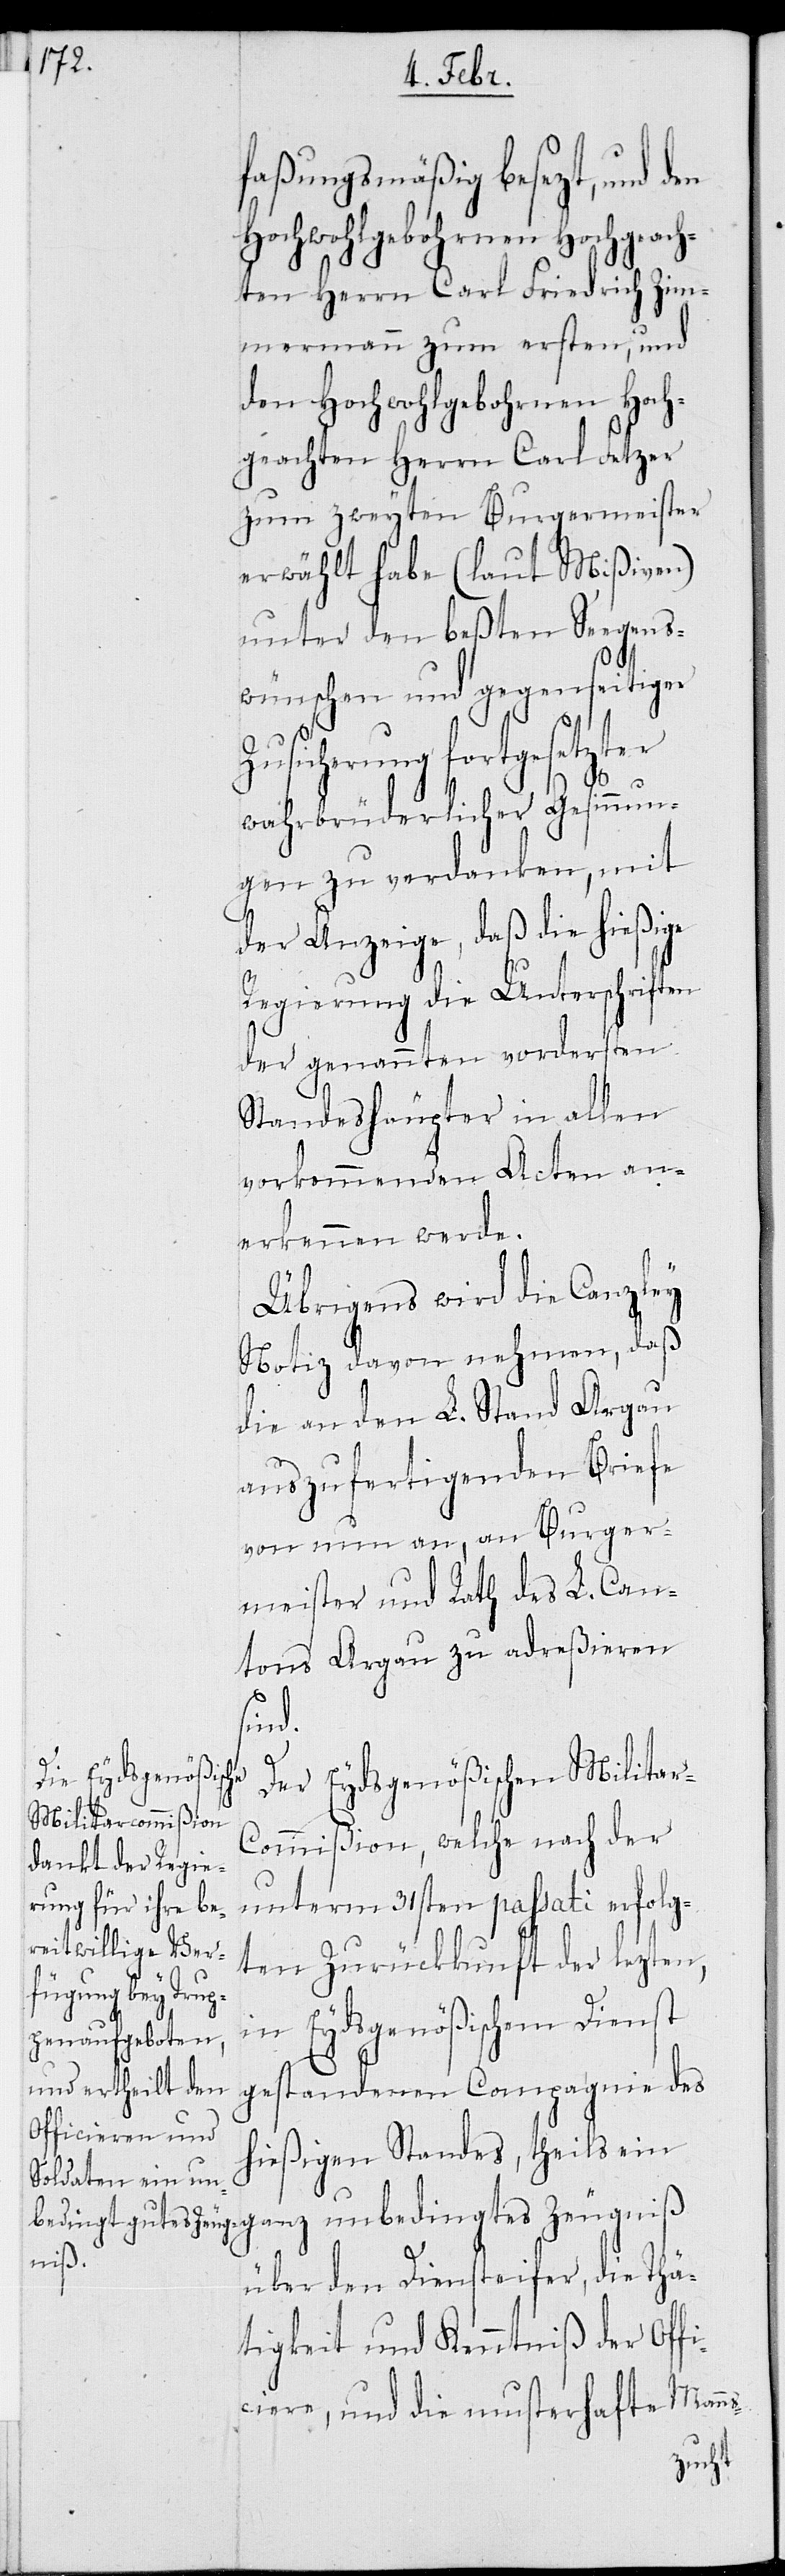
faßungsmäßig besezt, und den
Hochwohlgebohrnen Hochgeach¬
ten Herrn Carl Friedrich Zim¬
mermann zum ersten, und
den Hochwohlgebohrnen Hoch¬
geachten Herrn Carl Fetzer
zum zweiten Burgermeister
erwählt habe (laut Mißiven)
unter den beßten Seegens¬
wünschen und gegenseitiger
ns-
Zusicherung fortgesetzter
wahrbrüderlicher Gesinnun¬
gen zu verdanken, mit
der Anzeige, daß die hießige
Regierung die Unterschriften
der genannten vordersten
Standeshäupter in allen
vorkommenden Acten an¬
erkennen werde.
Übrigens wird die Canzley
Notiz davon nehmen, daß
die an den L. Stand Argau
auszufertigenden Briefe
von nun an, an Burger¬
meister und Rath des L. Can¬
tons Argau zu adreßieren
sind.
Der Eydsgenößischen Militar-C¬
ommißion, welche nach der
unterm 31sten passati erfolg¬
ten Zurückkunft der lezten,
Eydsgenößischen Dienst
im
gestandenen Compagnie des
hießigen Standes, theils ein
über den Diensteifer, die Thä¬
tigkeit und Kenntniß der Offi¬
ciere, und die musterhafte Man¬